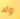
ولا